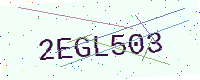
Text: 2EGL503